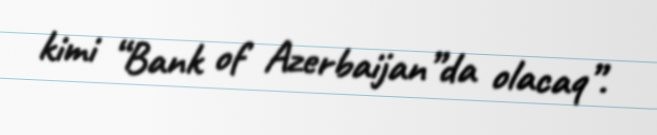
kimi “Bank of Azerbaijan”da olacaq”.